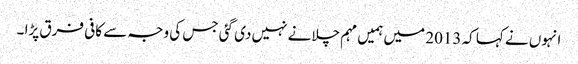
انہوں نے کہا کہ 2013 میں ہمیں مہم چلانے نہیں دی گئی جس کی وجہ سے کافی فرق پڑا ۔